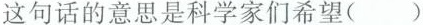
这句话的意思是科学家们希望( )